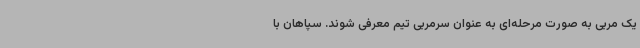
یک مربی به صورت مرحله‌ای به عنوان سرمربی تیم معرفی شوند. سپاهان با